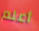
أعلم